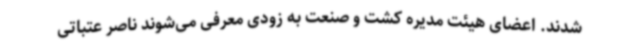
شدند. اعضای هیئت مدیره کشت و صنعت به زودی معرفی می‌شوند ناصر عتباتی